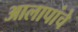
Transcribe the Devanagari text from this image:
आलापांचे